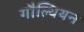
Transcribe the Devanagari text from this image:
गौल्थियन